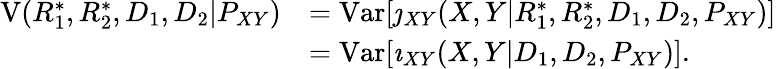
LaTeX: \begin{array}{rl}{\mathrm{V}(R_{1}^{*},R_{2}^{*},D_{1},D_{2}|P_{XY})}&{=\mathrm{Var}[\jmath_{XY}(X,Y|R_{1}^{*},R_{2}^{*},D_{1},D_{2},P_{XY})]}\\ &{=\mathrm{Var}[\imath_{XY}(X,Y|D_{1},D_{2},P_{XY})].}\end{array}